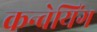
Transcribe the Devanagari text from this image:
कन्वेयिंग